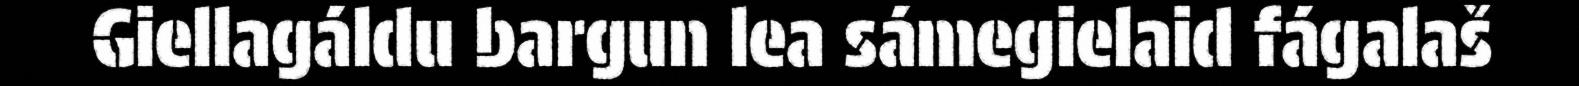
Giellagáldu bargun lea sámegielaid fágalaš